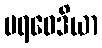
ပရဝေဒိယာ